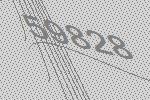
59828